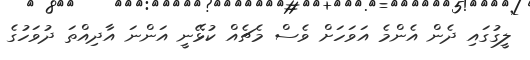
ލީގުގައި ދެން އެންމެ އަވަހަށް ވެސް މެޗެއް ކުޅޭނީ އަންނަ އާދިއްތަ ދުވަހުގެ